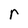
Character: r